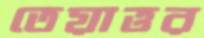
তেয়াত্তর